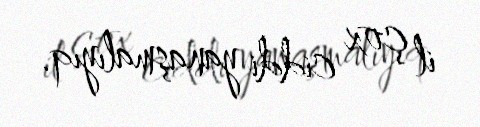
il çox ciddi yanaşmalıyıq.